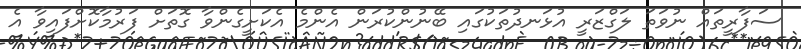
ސަފާރީތައް ނުވަތަ ލަގްޒަރީ އުޅަނދުތަކުގައި ބޭނުންކުރަން އެންމެ އެކަށީގެންވާ ގޮތަށް ފަރުމާކޮށްފައިވާ އެ